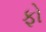
ફો